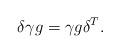
LaTeX: \begin{align*}\delta \gamma g = \gamma g \delta^T. \end{align*}